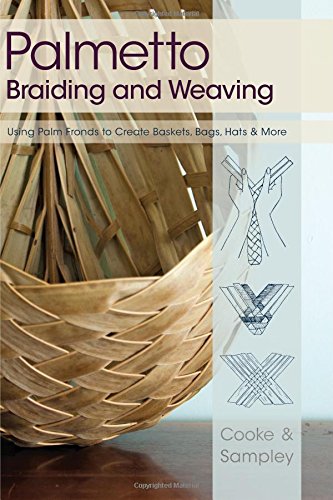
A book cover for Palmetto Braiding and Weaving: Using Palm Fronds to Create Baskets, Bags, Hats & More; Viva Cooke; Crafts, Hobbies & Home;